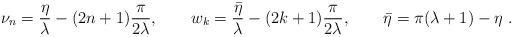
LaTeX: \begin{align*}\nu_n=\frac{\eta}{\lambda}-(2n+1)\frac{\pi}{2\lambda},\qquad w_k=\frac{\bar{\eta}}{ \lambda}-(2k+1)\frac{\pi}{2\lambda},\qquad\bar{\eta}=\pi(\lambda +1)-\eta \ .\end{align*}